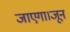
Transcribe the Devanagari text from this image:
जाएगा।जून